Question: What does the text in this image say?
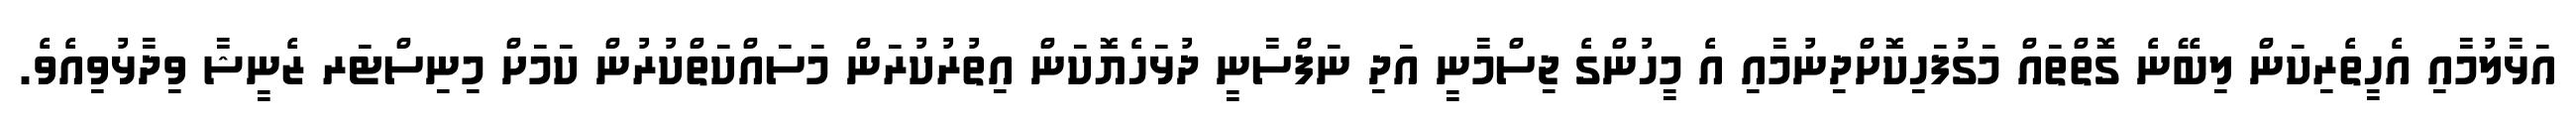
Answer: އަޅާލުމާއި އެހީތެރިކަން ލިބޭނެ ގޮތްތައް މަގުފަހިކޮށްދިނުމާއި އެ މީހުންގެ ޖިސްމާނީ އަދި ނަފްސާނީ ދުޅަހެޔޮކަން އިތުރުކުރަން މަސައްކަތްކުރުން ކަމަށް މިނިސްޓަރ ޒެނީޝާ ވިދާޅުވިއެވެ.